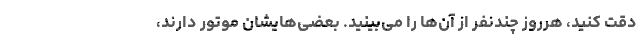
دقت کنید، هرروز چندنفر از آن‌ها را می‌بینید. بعضی‌هایشان موتور دارند،